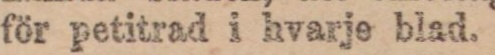
för petitrad i hvarje blad.